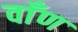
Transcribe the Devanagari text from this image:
वाँण